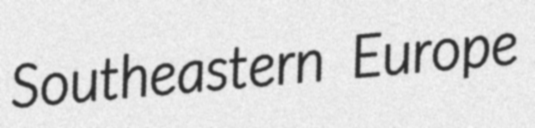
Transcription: Southeastern Europe